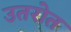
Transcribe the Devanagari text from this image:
उतरोत